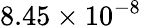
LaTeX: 8.45\times 10^{-8}